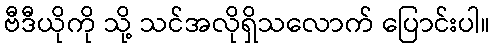
ဗီဒီယိုကို သို့ သင်အလိုရှိသလောက် ပြောင်းပါ။